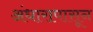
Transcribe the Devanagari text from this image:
अंधारापासून